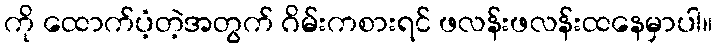
ကို ထောက်ပံ့တဲ့အတွက် ဂိမ်းကစားရင် ဖလန်းဖလန်းထနေမှာပါ။